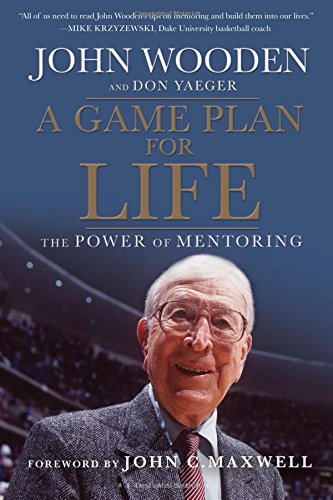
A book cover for A Game Plan for Life: The Power of Mentoring; Don Yaeger; Sports & Outdoors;